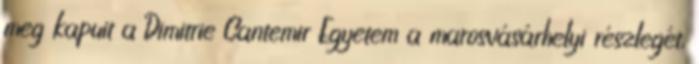
meg kapuit a Dimitrie Cantemir Egyetem a marosvásárhelyi részlegét.